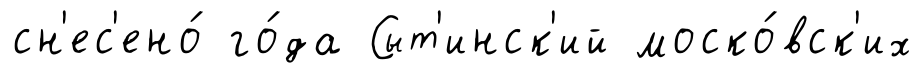
сн'ес'ено́ го́да Сыт'инск'ий моско́вск'их